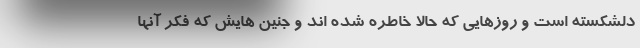
دلشکسته است و روزهایی که حالا خاطره شده اند و جنین هایش که فکر آنها